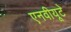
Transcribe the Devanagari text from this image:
एनवीयूटे